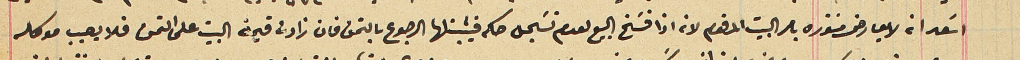
اسَعد ان لا يعارض منتوره بامر البيت المرقوم لانه اذا فسَخ البيع لعدم تسَجل حكم فيثبتلها الرجوع بالتمن فان زادت قيمة البيت على التمن فلا يصيب موكله